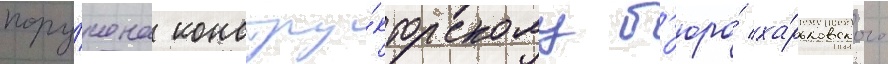
пору́чена констру́кторскому б'юро́ ха́рьковского